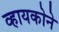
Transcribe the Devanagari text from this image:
व्हायकोने